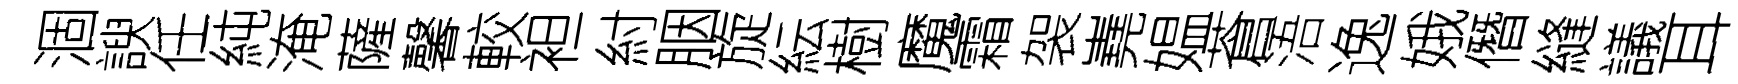
涸諛任純淹薩馨較袒紂胭旋紜樹魔霜袈嶤媪蒼浯逸娥僭縫議耳